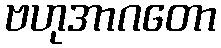
ဗဟုအာဂတော